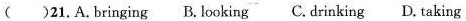
( )21.A.bringing B.looking C.drinking D.taking